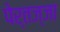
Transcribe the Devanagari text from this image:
पेर्तज्जा